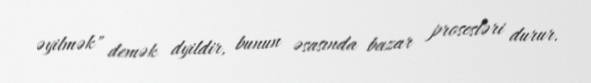
əyilmək" demək dyildir, bunun əsasında bazar prosesləri durur.